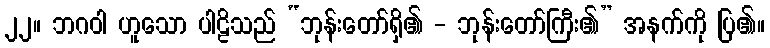
၂၂။ ဘဂဝါ ဟူသော ပါဠိသည် “ဘုန်းတော်ရှိ၏ - ဘုန်းတော်ကြီး၏” အနက်ကို ပြ၏။